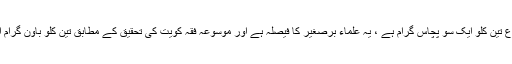
دراصل ایک صاع تین کلو ایک سو پچاس گرام ہے ، یہ علماء برصغیر کا فیصلہ ہے اور موسوعہ فقہ کویت کی تحقیق کے مطابق تین کلو باون گرام آٹھ ملی گرام ہے۔